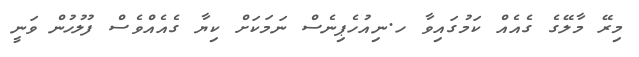
މިރޭ މާލޭގެ ގެއެއް ކަމުގައިވާ ހ.ނިއުހެޕިނެސް ނަމަކަށް ކިޔާ ގެއެއްވެސް ފުލުހުން ވަނީ